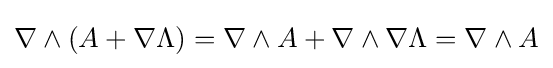
\nabla \wedge \left(A+\nabla \Lambda \right)=\nabla \wedge A+\nabla \wedge \nabla \Lambda =\nabla \wedge A